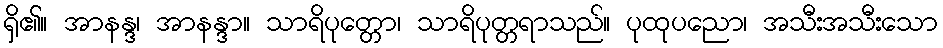
ရှိ၏။ အာနန္ဒ၊ အာနန္ဒာ။ သာရိပုတ္တော၊ သာရိပုတ္တရာသည်။ ပုထုပညော၊ အသီးအသီးသော